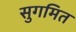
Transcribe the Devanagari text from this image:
सुगमित